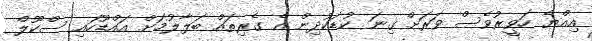
އިއްޔެ ހަވީރުވެސް ވަރަށް ގިނަ ކުޑަކުދިން އެ ގެރިތައް ބަލާލުމަށް އައްޑޫހައި ސްކޫލް